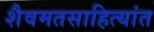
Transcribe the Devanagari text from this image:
शैवमतसाहित्यांत